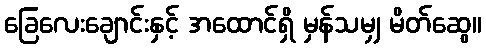
ခြေလေးချောင်းနှင့် အထောင်ရှိ မှန်သမျှ မိတ်ဆွေ။